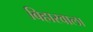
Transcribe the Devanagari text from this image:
बिहारवाला